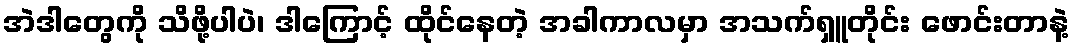
အဲဒါတွေကို သိဖို့ပါပဲ၊ ဒါကြောင့် ထိုင်နေတဲ့ အခါကာလမှာ အသက်ရှူတိုင်း ဖောင်းတာနဲ့